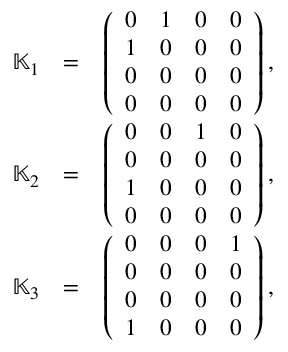
\begin{array} { r l r } { { \mathbb K } _ { 1 } } & { = } & { \left( \begin{array} { r r r r } { 0 } & { 1 } & { 0 } & { 0 } \\ { 1 } & { 0 } & { 0 } & { 0 } \\ { 0 } & { 0 } & { 0 } & { 0 } \\ { 0 } & { 0 } & { 0 } & { 0 } \end{array} \right) , } \\ { { \mathbb K } _ { 2 } } & { = } & { \left( \begin{array} { r r r r } { 0 } & { 0 } & { 1 } & { 0 } \\ { 0 } & { 0 } & { 0 } & { 0 } \\ { 1 } & { 0 } & { 0 } & { 0 } \\ { 0 } & { 0 } & { 0 } & { 0 } \end{array} \right) , } \\ { { \mathbb K } _ { 3 } } & { = } & { \left( \begin{array} { r r r r } { 0 } & { 0 } & { 0 } & { 1 } \\ { 0 } & { 0 } & { 0 } & { 0 } \\ { 0 } & { 0 } & { 0 } & { 0 } \\ { 1 } & { 0 } & { 0 } & { 0 } \end{array} \right) , } \end{array}